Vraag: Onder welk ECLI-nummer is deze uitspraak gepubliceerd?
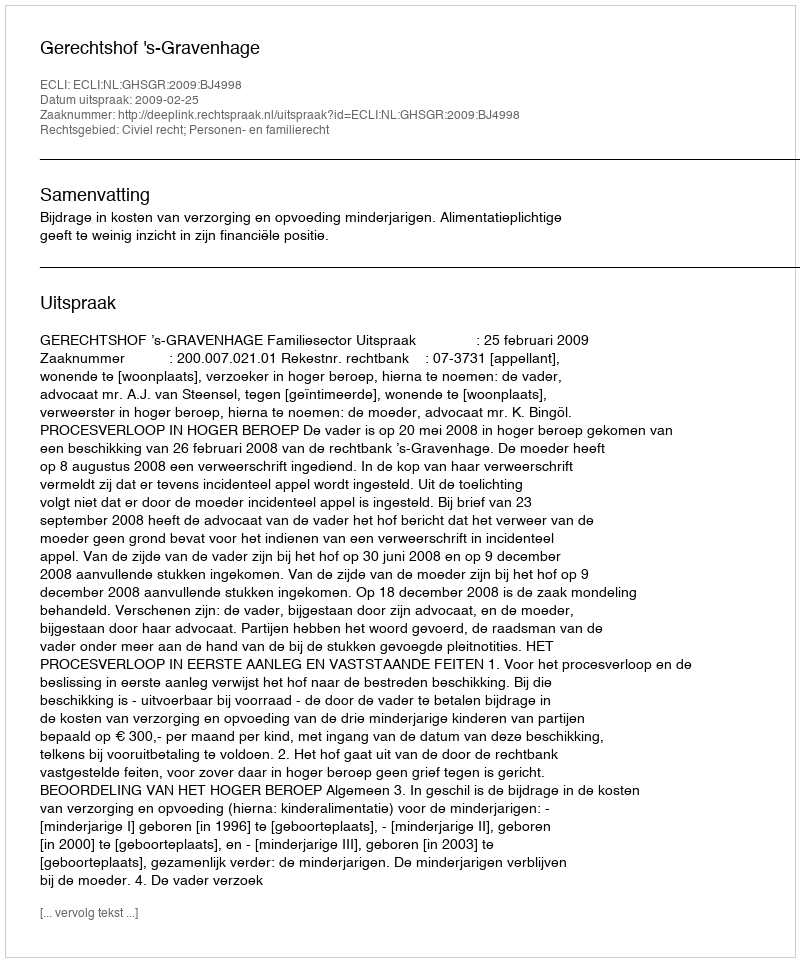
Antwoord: ECLI:NL:GHSGR:2009:BJ4998